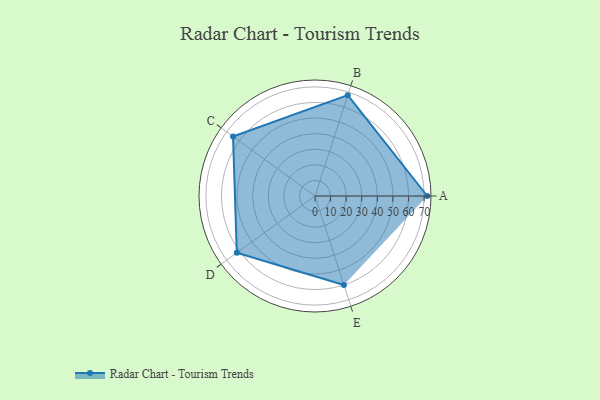
{"axis": {"x": "Skill", "y": "Score"}, "legend": ["Profile"], "data": [{"x": "A", "y": 72.0, "type": "Profile"}, {"x": "B", "y": 68.0, "type": "Profile"}, {"x": "C", "y": 65.0, "type": "Profile"}, {"x": "D", "y": 62.0, "type": "Profile"}, {"x": "E", "y": 60.0, "type": "Profile"}]}